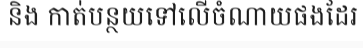
និង កាត់បន្ថយទៅលើចំណាយផងដែរ